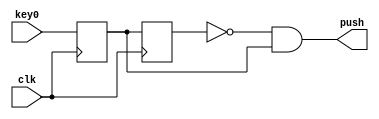
module pushb_
(
	input clk,
	input key0,
	output push
);
reg key_r;
reg key_rr;
always @(posedge clk)
begin
	key_r <= key0;
	key_rr <= key_r;
end
	assign push = ~key_rr & key_r;
endmodule

module hex2sem
(
	input [3:0] hex,
	output [6:0] segm
);
assign segm = (hex == 4'h0) ? 7'b1000000 :
      		  (hex == 4'h1) ? 7'b1111001 :
    		  (hex == 4'h2) ? 7'b0100100 :
    		  (hex == 4'h3) ? 7'b0110000 :
    		  (hex == 4'h4) ? 7'b0011001 :
    		  (hex == 4'h5) ? 7'b0010010 :
    		  (hex == 4'h6) ? 7'b0000010 :
		      (hex == 4'h7) ? 7'b1111000 :
		      (hex == 4'h8) ? 7'b0000000 :
		      (hex == 4'h9) ? 7'b0010000 :
		      (hex == 4'ha) ? 7'b0001000 :
		      (hex == 4'hb) ? 7'b0000011 :
		      (hex == 4'hc) ? 7'b1000110 :
		      (hex == 4'hd) ? 7'b0100001 :
		      (hex == 4'he) ? 7'b0000110 :
		      (hex == 4'hf) ? 7'b0001110 : 7'b0001110;
endmodule

module first
(
    input clk,
    input key0,
    input key1,
    input key2,
    output [6:0] HEX
);

reg [3:0] sum;
wire push2, push1, push0;

pushb_
push_2
(
    .clk(clk),
    .key0(key2),
    .push(push2)
);

pushb_
push_1
(
    .clk(clk),
    .key0(key1),
    .push(push1)
);

pushb_
push_0
(
    .clk(clk),
    .key0(key0),
    .push(push0)
);

hex2sem
hex
(
    .hex(sum),
    .segm(HEX)   
);

always @(posedge clk)
begin
    if (push0)
        sum <= 0;  
    else 
    if (push1)
        begin
        if (sum == 4'h9)
            sum <= 0;
        else       
            sum <= sum + 1;
        end
    else
    if (push2)
        begin 
        if (sum == 0)
            sum <= 4'h9;
        else
            sum <= sum - 1;
        end
end

endmodule